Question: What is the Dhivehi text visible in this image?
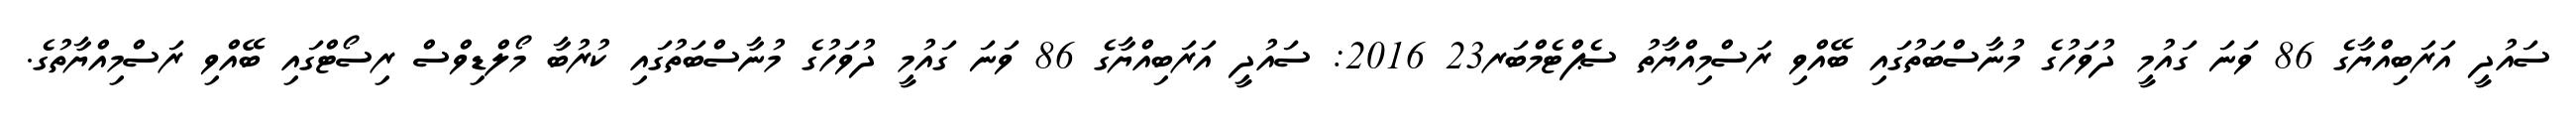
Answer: ސައުދީ އަރަބިއްޔާގެ 86 ވަނަ ގައުމީ ދުވަހުގެ މުނާސްބަތުގައި ބޭއްވި ރަސްމިއްޔާތު ސެޕްޓެމްބަރ23 2016: ސައުދީ އަރަބިއްޔާގެ 86 ވަނަ ގައުމީ ދުވަހުގެ މުނާސްބަތުގައި ކުރުބާ މޯލްޑިވްސް ރިސޯޓްގައި ބޭއްވި ރަސްމިއްޔާތުގެ.